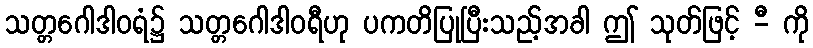
သတ္တဂေါဒါဝရံ၌ သတ္တဂေါဒါဝရီဟု ပကတိပြုပြီးသည့်အခါ ဤ သုတ်ဖြင့် -ီ ကို